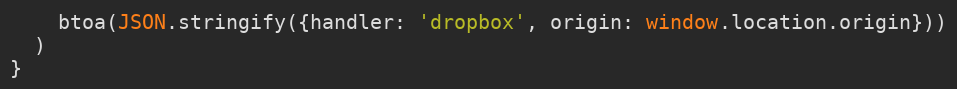
Language: JavaScript
    btoa(JSON.stringify({handler: 'dropbox', origin: window.location.origin}))
  )
}